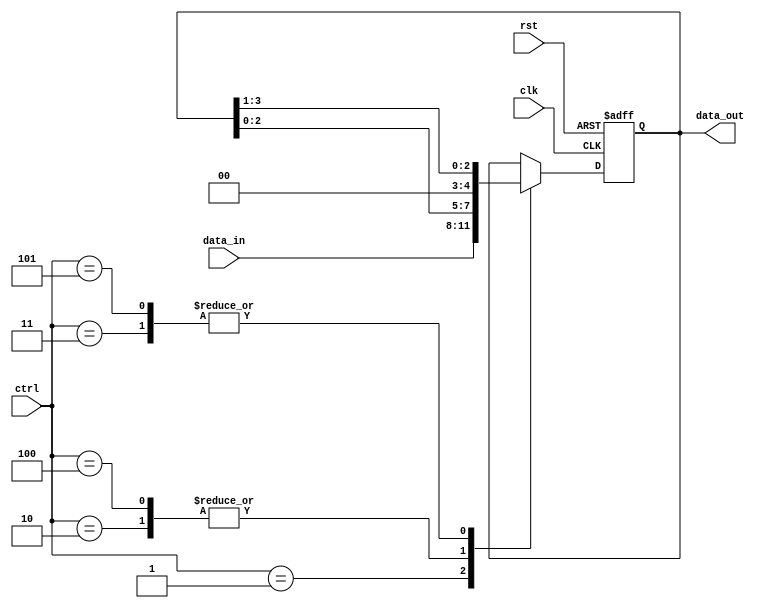
module Universal_Shift_Register (
    input clk, // clock input
    input rst, // reset input
    input [3:0] ctrl, // control input for shifting operation
    input [3:0] data_in, // input data to be loaded or shifted
    output reg [3:0] data_out // output data after shifting
);

reg [3:0] reg_data; // register to store data

always @(posedge clk or posedge rst) begin
    if (rst) begin // reset the register
        reg_data <= 4'b0000;
    end else begin
        case (ctrl)
            4'b0001: reg_data <= data_in; // parallel load
            4'b0010: reg_data <= {reg_data[2:0], 1'b0}; // shift left in parallel mode
            4'b0011: reg_data <= {1'b0, reg_data[3:1]}; // shift right in parallel mode
            4'b0100: reg_data <= reg_data << 1; // shift left in serial mode
            4'b0101: reg_data <= reg_data >> 1; // shift right in serial mode
            default: reg_data <= reg_data; // no operation
        endcase
    end
end

assign data_out = reg_data;

endmodule